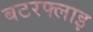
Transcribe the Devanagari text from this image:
बटरफ्लाइ